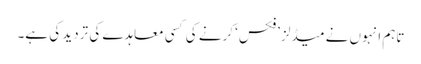
تاہم انہوں نے میڈلز ’فکس‘ کرنے کی کسی معاہدے کی تردید کی ہے۔